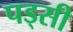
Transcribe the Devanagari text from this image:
पड्सी